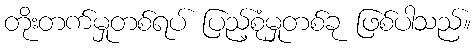
တိုးတက်မှုတစ်ရပ် ပြည့်စုံမှုတစ်ခု ဖြစ်ပါသည်။